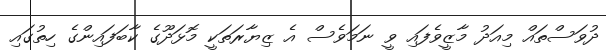
ދުވަސްތައް މިއަދު މާޒީވެފައި ވީ ނަމަވެސް އެ ޒިޔާރަތަކީ މޮޅަދޫގެ ކާބަފައިންގެ ހިތުގައި